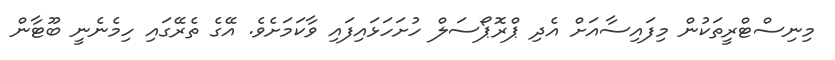
މިނިސްޓްރީތަކުން މިފައިސާއަށް އެދި ޕްރޮޕޯސަލް ހުށަހަޅައިފައި ވާކަމަށެވެ. އޭގެ ތެރޭގައި ހިމެނެނީ ބޫޓާން